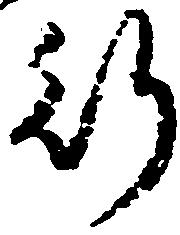
行